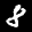
Label: 8